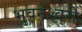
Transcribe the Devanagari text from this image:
भुवनेश्‍वरी